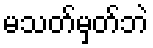
မသတ်မှတ်ဘဲ